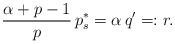
LaTeX: \begin{align*}\frac{\alpha + p - 1}{p}\, p_s^\ast = \alpha\, q' =: r.\end{align*}